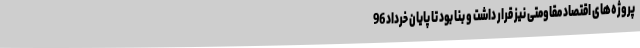
پروژه‌های اقتصاد مقاومتی نیز قرار داشت و بنا بود تا پایان خرداد 96